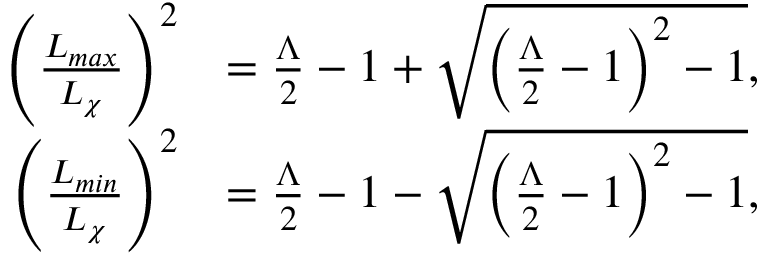
\begin{array} { r l } { \left( \frac { L _ { m a x } } { L _ { \chi } } \right) ^ { 2 } } & { = \frac { \Lambda } { 2 } - 1 + \sqrt { \left( \frac { \Lambda } { 2 } - 1 \right) ^ { 2 } - 1 } , } \\ { \left( \frac { L _ { m i n } } { L _ { \chi } } \right) ^ { 2 } } & { = \frac { \Lambda } { 2 } - 1 - \sqrt { \left( \frac { \Lambda } { 2 } - 1 \right) ^ { 2 } - 1 } , } \end{array}